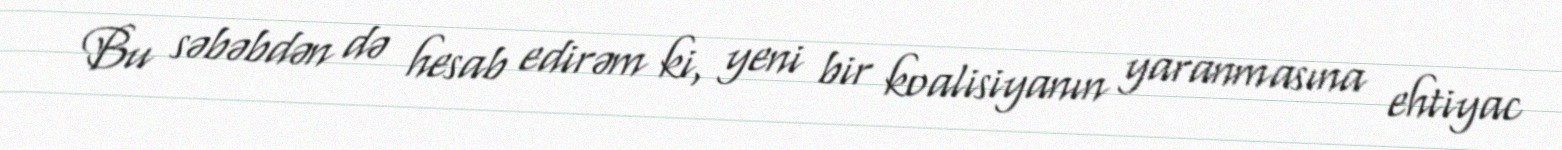
Bu səbəbdən də hesab edirəm ki, yeni bir koalisiyanın yaranmasına ehtiyac